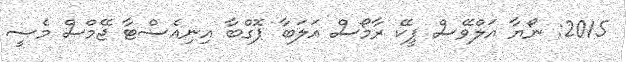
2015: ނޯޔާ އަލްވޭސް ޕީކޭ ރާމޯސް އަލަބާ ޕޮގްބާ އިނިއެސްޓާ ޖޭމްސް މެސީ